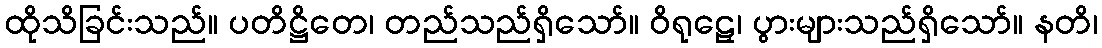
ထိုသိခြင်းသည်။ ပတိဋ္ဌိတေ၊ တည်သည်ရှိသော်။ ဝိရုဠှေ၊ ပွားများသည်ရှိသော်။ နတိ၊